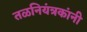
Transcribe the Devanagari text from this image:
तळनियंत्रकांनी